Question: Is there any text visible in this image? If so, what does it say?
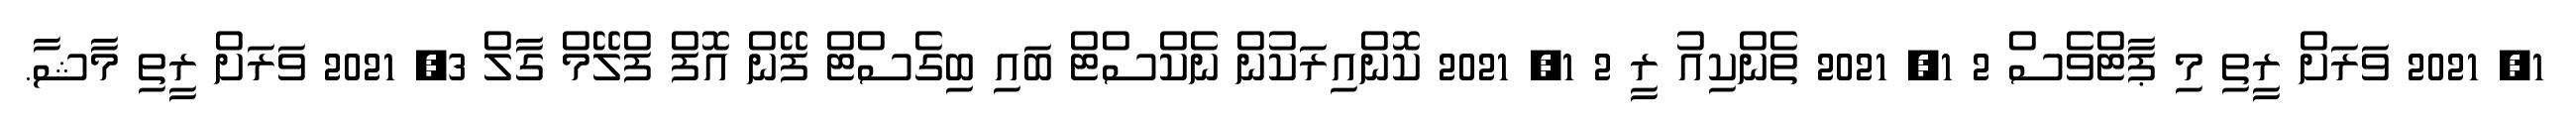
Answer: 1, 2021 ވަރަށް ރީތި މި ޕާޓްވެސް 2 1, 2021 ތެންކިއު ރީ 2 1, 2021 ކޮންއިރަކުން ނެކްސްޓް ބައި ބިގެސްޓް ފޭން އޮފް ފްލޭމް ގާލް 3, 2021 ވަރަށް ރީތި މާޝާ.